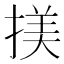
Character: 𢱒